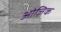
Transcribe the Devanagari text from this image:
ओज़िक